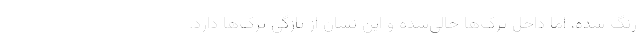
رنگ شده، اما داخل ترک‌ها خالی‌شده و این نشان از تازگی ترک‌ها دارد.